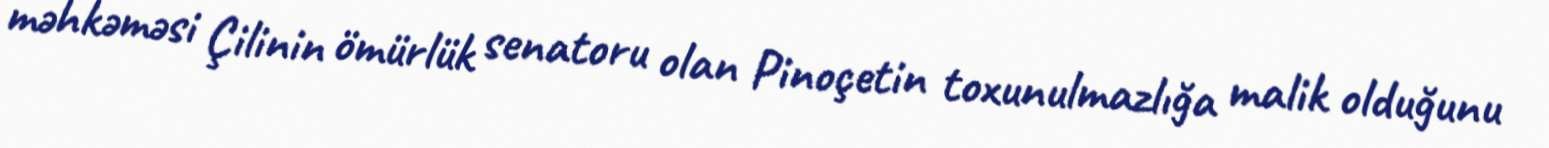
məhkəməsi Çilinin ömürlük senatoru olan Pinoçetin toxunulmazlığa malik olduğunu